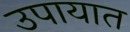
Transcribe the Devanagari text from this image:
उपायात